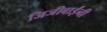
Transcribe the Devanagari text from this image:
जिजीबाईंनी